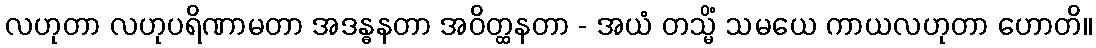
လဟုတာ လဟုပရိဏာမတာ အဒန္ဓနတာ အဝိတ္ထနတာ - အယံ တသ္မိံ သမယေ ကာယလဟုတာ ဟောတိ။